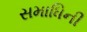
સમાધિની